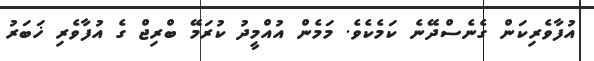
އުފާވެރިކަން ގެނެސްދޭނެ ކަމެކެވެ. މަމެން އުއްމީދު ކުރަމޭ ބްރިޖް ގެ އުފާވެރި ޚަބަރު